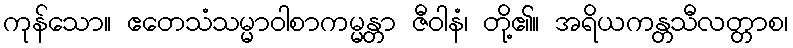
ကုန်သော။ ဧတေသံသမ္မာဝါစာကမ္မန္တာ ဇီဝါနံ၊ တို့၏။ အရိယကန္တသီလတ္တာစ၊